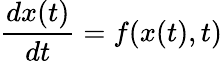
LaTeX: \frac{dx(t)}{dt}=f(x(t),t)